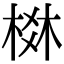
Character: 棥